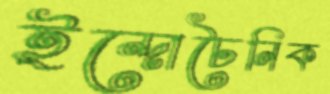
ইন্দোচৈনিক